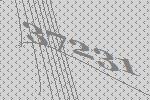
37231